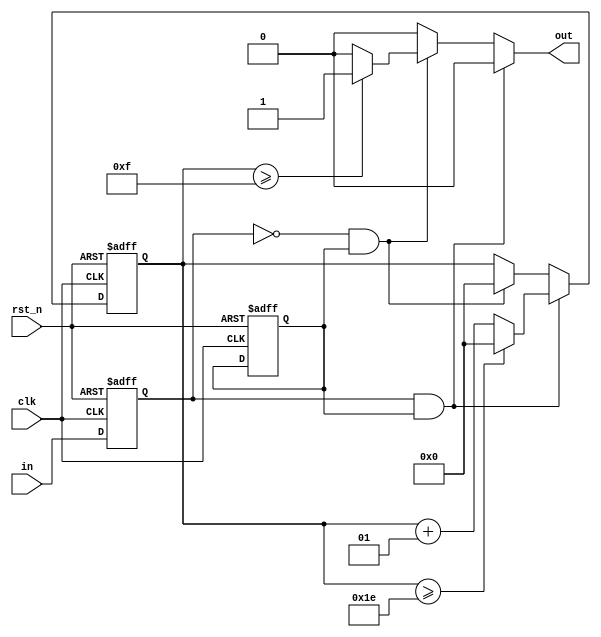
module stavka_b #(
    parameter NUM = 5
)(
    input rst_n,
    input clk,
    input in,
    output reg out
);
    
    reg ff1_next, ff1_reg;
    reg ff2_next, ff2_reg;

    integer counter_next, counter_reg;

    always @(posedge clk, negedge rst_n) begin
        if(!rst_n) begin
            ff1_reg <= 1'b0;            
            ff2_reg <= 1'b0;            

            counter_reg <= 0;

        end else begin
            // Moore -> current state is important!    
            ff1_reg <= ff1_next;            
            ff2_reg <= ff2_next;            

            counter_reg <= counter_next;

        end
    end

    always @(*) begin
        ff1_next = in;
        ff2_next = ff2_reg;
        counter_next = counter_reg;
        out = 1'b0;

        if(ff1_reg == 1'b1 && ff2_reg == 1'b1) begin
            // constant value of in == 1
            if(counter_reg >= 6 * NUM) begin
                counter_next = 0;
            end else begin
                // increment every time in has value 1 
                counter_next = counter_reg + 1;
            end
        end else begin
            // Moore -> reg is used! check in next situation, not immediatelly
            if(ff1_reg == 1'b0 && ff2_reg == 1'b1) begin
                // falling edge of in 1->0
                counter_next = 0; // reset on rising edge in - we did it on falling edge because we will on rising edge use this 0, no more usages of counter when zeros are comming
                if(counter_reg >= 3 * NUM) begin
                    // when in is falling and 3NUM
                    out = 1'b1;
                end
            end
        end

    end
endmodule